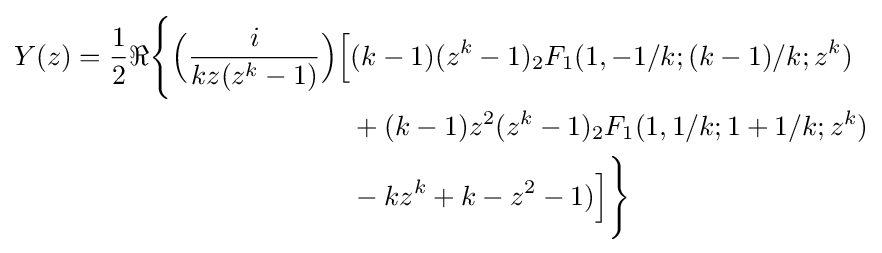
{\begin{aligned}Y(z)={\frac {1}{2}}\Re {\Bigg \{}{\Big (}{\frac {i}{kz(z^{k}-1)}}{\Big )}{\Big [}&(k-1)(z^{k}-1)_{2}F_{1}(1,-1/k;(k-1)/k;z^{k})\\&{}+(k-1)z^{2}(z^{k}-1)_{2}F_{1}(1,1/k;1+1/k;z^{k})\\&{}-kz^{k}+k-z^{2}-1){\Big ]}{\Bigg \}}\end{aligned}}